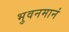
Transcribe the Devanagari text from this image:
भुवनमानं